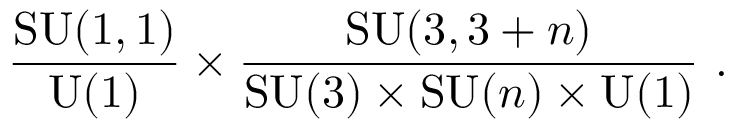
\frac { \mathrm { S U } ( 1 , 1 ) } { \mathrm { U } ( 1 ) } \times \frac { \mathrm { S U } ( 3 , 3 + n ) } { \mathrm { S U } ( 3 ) \times \mathrm { S U } ( n ) \times \mathrm { U } ( 1 ) } ~ .